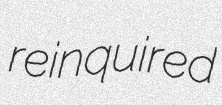
reinquired